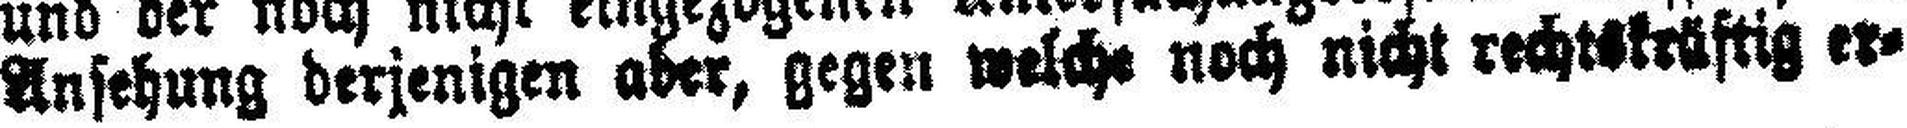
Ansehung derjenigen aber, gegen welche noch nicht rechtskräftig er¬